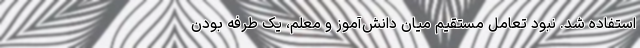
استفاده شد. نبود تعامل مستقیم میان دانش‌آموز و معلم، یک طرفه بودن